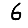
Digit: 6